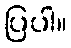
ပြပါ။